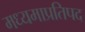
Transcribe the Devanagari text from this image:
मध्यमाप्रतिपद